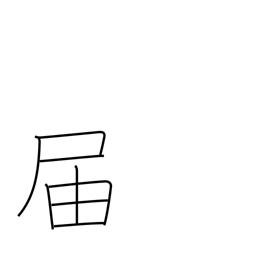
Meaning: arrive